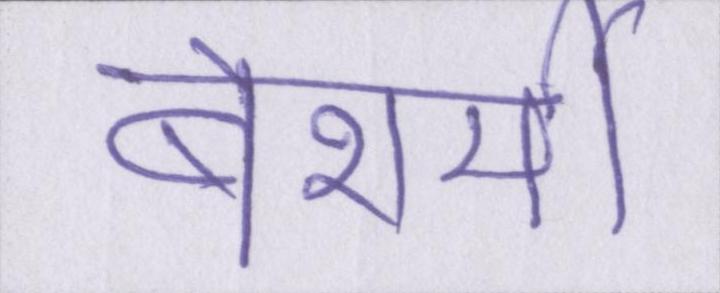
बेशर्मी